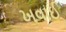
ખવાઈ